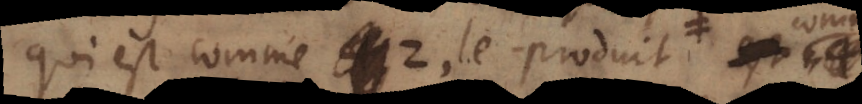
qui est comme 2, le produit est